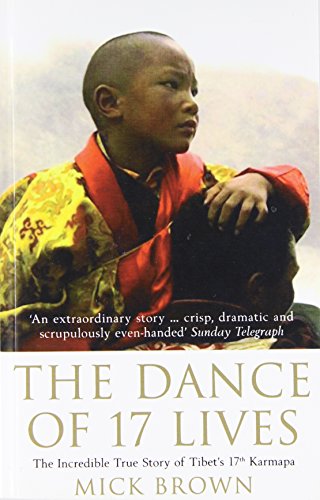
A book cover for The Dance of 17 Lives: The Incredible True Story of Tibet's 17th Karmapa; Mick Brown; Travel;